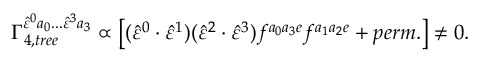
\Gamma _ { 4 , t r e e } ^ { \hat { \varepsilon } ^ { 0 } a _ { 0 } . . . \hat { \varepsilon } ^ { 3 } a _ { 3 } } \propto \left[ ( \hat { \varepsilon } ^ { 0 } \cdot \hat { \varepsilon } ^ { 1 } ) ( \hat { \varepsilon } ^ { 2 } \cdot \hat { \varepsilon } ^ { 3 } ) f ^ { a _ { 0 } a _ { 3 } e } f ^ { a _ { 1 } a _ { 2 } e } + p e r m . \right] \neq 0 .